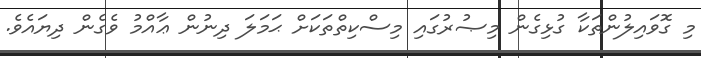
މި ގޮވައިލުންތަކާ ގުޅިގެން މިޞުރުގައި މިސްކިތްތަކަށް ޙަމަލަ ދިނުން ޢާއްމު ވެގެން ދިޔައެވެ.